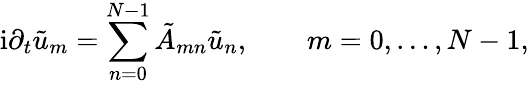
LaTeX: \mathrm{i}\partial_{t}\tilde{u}_{m}=\sum_{n=0}^{N-1}\tilde{A}_{mn}\tilde{u}_{n},\qquad m=0,\dots,N-1,